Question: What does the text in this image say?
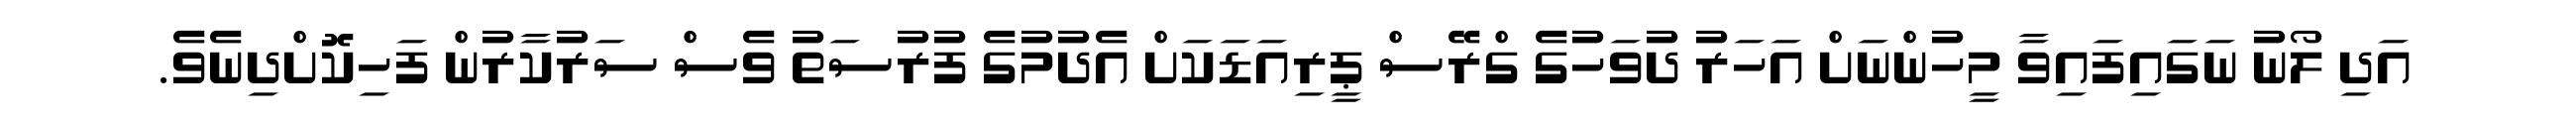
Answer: އަދި ލޯނު ނަގައިފައިވާ މީހުންނަށް އަހަރު ދުވަހުގެ ގްރޭސް ޕީރިއަޑަކަށް އެދުމުގެ ފުރުސަތު ވެސް ސަރުކާރުން ފަހިކޮށްދިނެވެ.